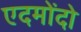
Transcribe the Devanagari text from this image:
एदमोंदो